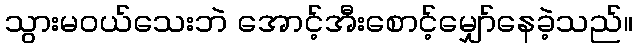
သွားမဝယ်သေးဘဲ အောင့်အီးစောင့်မျှော်နေခဲ့သည်။